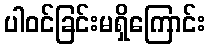
ပါဝင်ခြင်းမရှိကြောင်း